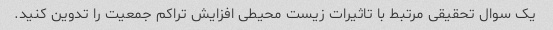
یک سوال تحقیقی مرتبط با تاثیرات زیست محیطی افزایش تراکم جمعیت را تدوین کنید.